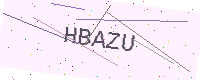
Text: HBAZU